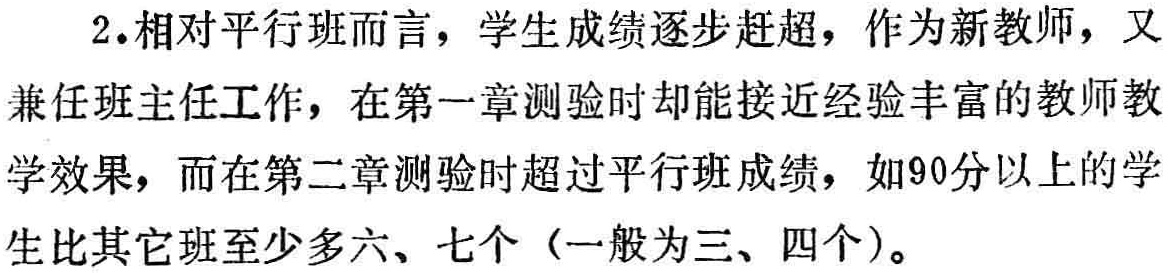
2.相对平行班而言，学生成绩逐步赶超，作为新教师，又

兼任班主任工作，在第一章测验时却能接近经验丰富的教师教

学效果，而在第二章测验时超过平行班成绩，如90分以上的学

生比其它班至少多六、七个（一般为三、四个）。